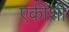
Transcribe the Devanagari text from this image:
एकीशी